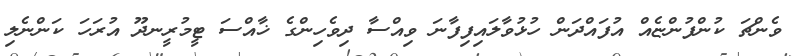
ވެންޗަ ކުންފުންޏެއް އުފައްދަން ހުޅުވާލައިފިފާނަ ވިއްސާ ދިވެހިންގެ ޚާއްސަ ޓީމުރީނދޫ އުރަހަ ކަންނެލި